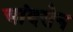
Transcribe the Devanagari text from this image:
चांदसेन